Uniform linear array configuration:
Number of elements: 32
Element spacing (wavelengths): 1
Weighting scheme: cosine
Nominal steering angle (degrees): -15
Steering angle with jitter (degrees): -14.7
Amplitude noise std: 0.05
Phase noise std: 0.05

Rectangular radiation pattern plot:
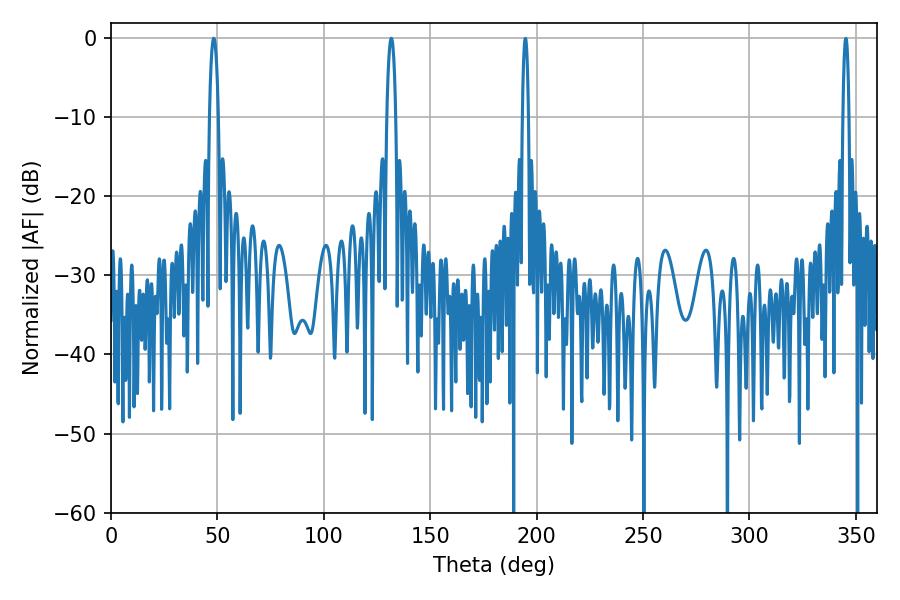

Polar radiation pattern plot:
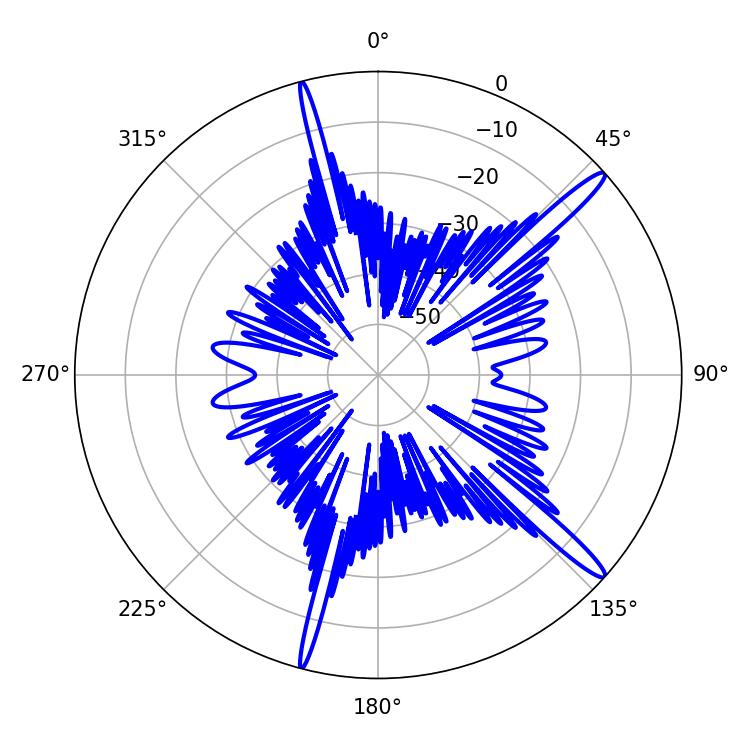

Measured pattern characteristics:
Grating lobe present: TRUE
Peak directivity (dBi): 15.685
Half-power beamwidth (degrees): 2.34
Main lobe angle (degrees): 131.76